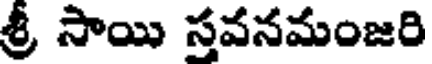
శ్రీ సాయి సవనమంజరి